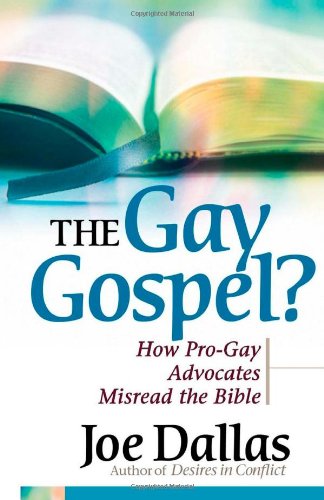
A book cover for The Gay Gospel?: How Pro-Gay Advocates Misread the Bible; Joe Dallas; Gay & Lesbian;